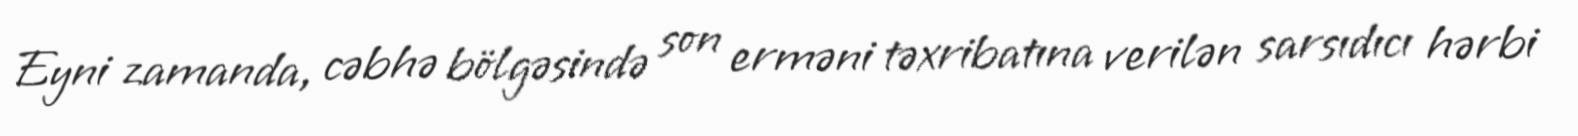
Eyni zamanda, cəbhə bölgəsində son erməni təxribatına verilən sarsıdıcı hərbi